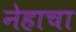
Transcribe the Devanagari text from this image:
नेहाचा